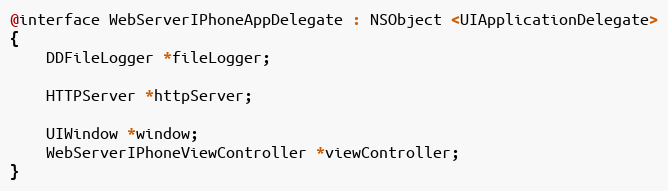
Language: C
@interface WebServerIPhoneAppDelegate : NSObject <UIApplicationDelegate>
{
    DDFileLogger *fileLogger;

    HTTPServer *httpServer;

    UIWindow *window;
    WebServerIPhoneViewController *viewController;
}